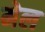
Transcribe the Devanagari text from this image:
मेल